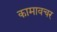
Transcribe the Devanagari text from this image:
कामावचर